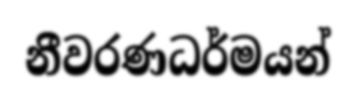
නීවරණධර්මයන්